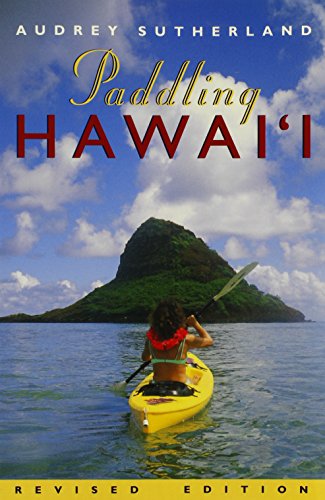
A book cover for Paddling Hawai'i (Revised) (Latitude 20 Books); Audrey Sutherland; Travel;